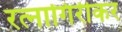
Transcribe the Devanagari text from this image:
रत्‍नागिरीकर